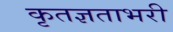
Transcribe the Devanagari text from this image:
कृतज्ञताभरी